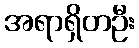
အရာရှိတဦး